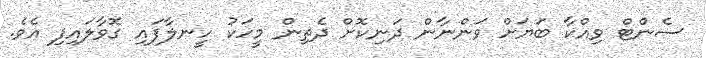
ސެންޓް ވިއްކާ ބަޔަށް ވަންނާން ދަނިކޮށް ދެތިން މީހަކު ހީނލާފައި ގޮވާލައިފި އެވެ.